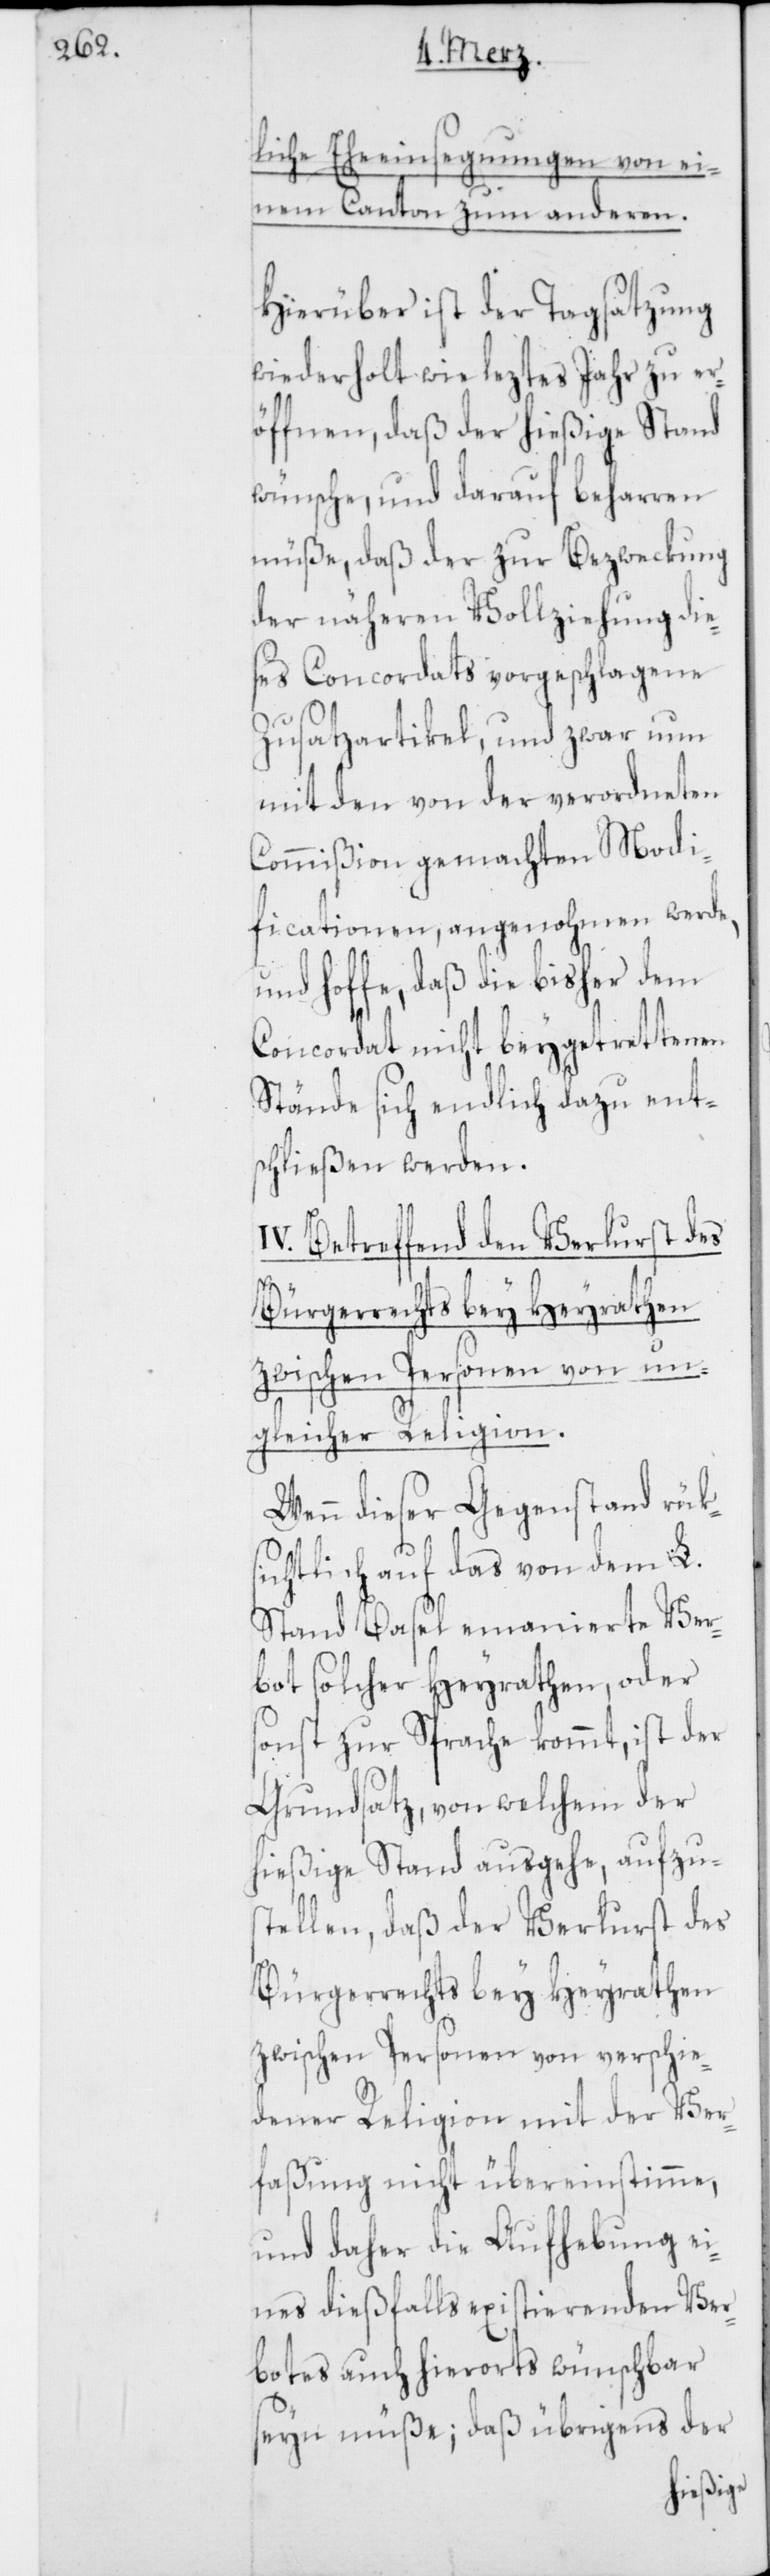
liche Eheeinsegungen von ei¬
nem Canton zum anderen.
Hierüber ist der Tagsatzung
wiederholt wie leztes Jahr zu er¬
öffnen, daß der hießige Stand
wünsche, und darauf beharren
müße, daß der zur Bezweckung
der näheren Vollziehung die¬
ses Concordats vorgeschlagene
Zusatzartikel, und zwar nun
mit den von der verordneten
Commißion gemachten Modi¬
ficationen, angenohmen werde,
und hoffe, daß die bisher dem
Concordat nicht beygetrettenen
Stände sich endlich dazu ents¬
chließen werden.
IV. Betreffend den Verlust des
Bürgerrechts bey Heyrathen
zwischen Personen von un¬
gleicher Religion.
Wenn dieser Gegenstand rük¬
sichtlich auf das von dem L.
Stand Basel emanierte Ver¬
bot solcher Heyrathen, oder
sonst zur Sprache kommt, ist der
Grundsatz, von welchem der
hießige Stand ausgehe, aufzus¬
tellen, daß der Verlust des
Bürgerrechts bey Heyrathen
zwischen Personen von verschie¬
dener Religion mit der Ver¬
faßung nicht übereinstimme,
und daher die Aufhebung ei¬
nes dießfalls existierenden Ver¬
botes auch hierorts wünschbar
seyn müße; daß übrigens der